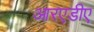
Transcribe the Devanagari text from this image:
आरएडीए